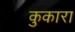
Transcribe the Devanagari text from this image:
कुकारा